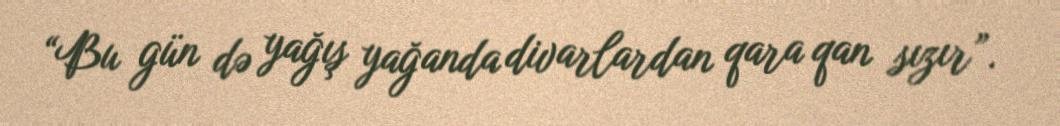
“Bu gün də yağış yağanda divarlardan qara qan sızır”.